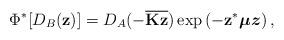
LaTeX: \begin{align*}\Phi ^{\ast }[D_{B}(\mathbf{z})]=D_{A}(-\overline{\mathbf{Kz}})\exp \left( -\mathbf{z}^{\ast }\boldsymbol{\mu z}\right) , \end{align*}